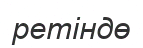
ретіндө